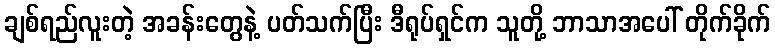
ချစ်ရည်လူးတဲ့ အခန်းတွေနဲ့ ပတ်သက်ပြီး ဒီရုပ်ရှင်က သူတို့ ဘာသာအပေါ် တိုက်ခိုက်